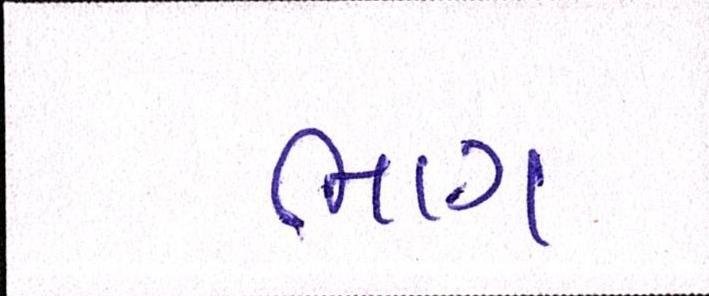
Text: ભાગ